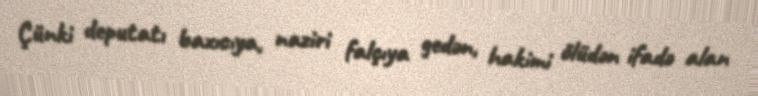
Çünki deputatı baxıcıya, naziri falçıya gedən, hakimi ölüdən ifadə alan